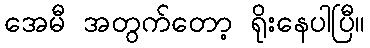
အေမီ အတွက်တော့ ရိုးနေပါပြီ။